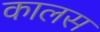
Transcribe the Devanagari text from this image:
कालस